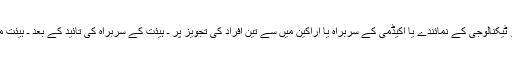
اگر ضرورت پڑی تو وزیر سائنس، تحقیقات و ٹیکنالوجی کے نمائندے یا اکیڈمی کے سربراہ یا اراکین میں سے تین افراد کی تجویز پر ـ ہیئت کے سربراہ کی تائید کے بعد ـ ہیئت متولیان کا ہنگامی اجلاس منعقد کیا جاسکتا ہے۔